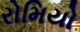
રોમિયો